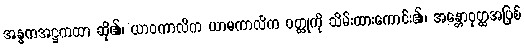
အန္ဓကအဋ္ဌကထာ ဆို၏၊ ယာဝကာလိက ယာမကာလိက ဝတ္ထုကို သိမ်းထားကောင်း၏၊ အန္တောဝုတ္ထအပြစ်